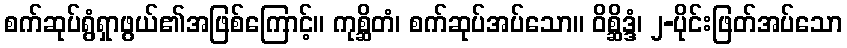
စက်ဆုပ်ရွံရှာဖွယ်၏အဖြစ်ကြောင့်။ ကုစ္ဆိတံ၊ စက်ဆုပ်အပ်သော။ ဝိစ္ဆိဒ္ဒံ၊ ၂-ပိုင်းဖြတ်အပ်သော